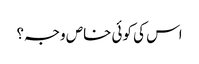
اس کی کوئی خاص وجہ؟